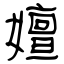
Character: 嬗